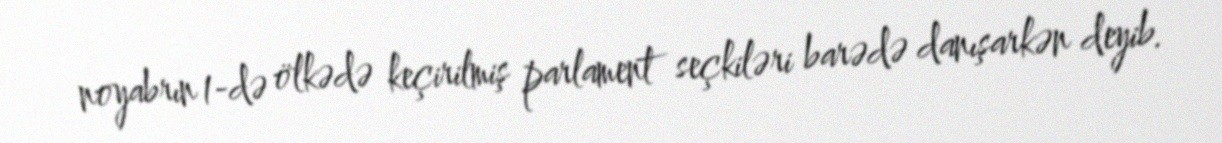
noyabrın 1-də ölkədə keçirilmiş parlament seçkiləri barədə danışarkən deyib.